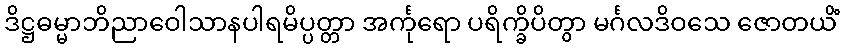
ဒိဋ္ဌဓမ္မာဘိညာဝေါသာနပါရမိပ္ပတ္တာ အင်္ကုရော ပရိက္ခိပိတွာ မင်္ဂလဒိဝသေ ဇောတယိံ